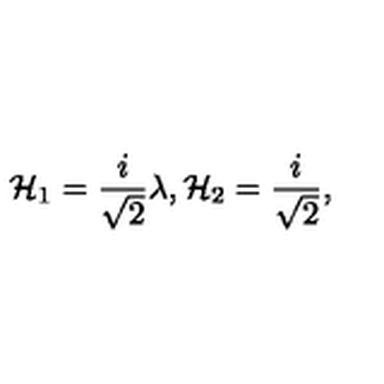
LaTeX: { \cal H } _ { 1 } = \frac { i } { \sqrt { 2 } } \lambda , { \cal H } _ { 2 } = \frac { i } { \sqrt { 2 } } ,